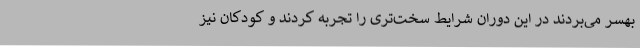
بهسر می‌بردند در این دوران شرایط سخت‌تری را تجربه کردند و کودکان نیز